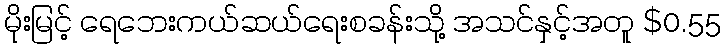
မိုးမြင့် ရေဘေးကယ်ဆယ်ရေးစခန်းသို့ အသင်နှင့်အတူ $0.55